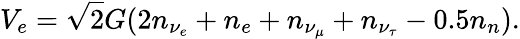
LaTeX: V_{e}=\sqrt{2}G(2n_{\nu_{e}}+n_{e}+n_{\nu_{\mu}}+n_{\nu_{\tau}}-0.5n_{n}).